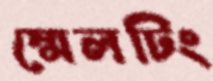
স্মেলটিং